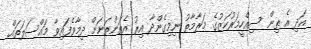
އަދި އެ ތިން ސިއްހީމަރުކަޒުގެ މަރާމާތު ނިމިގެންދާ އިރު އެތަންތަނަށް ދިމާވެފައިވާ މައްސަލަތައް